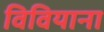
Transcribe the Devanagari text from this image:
विवियाना